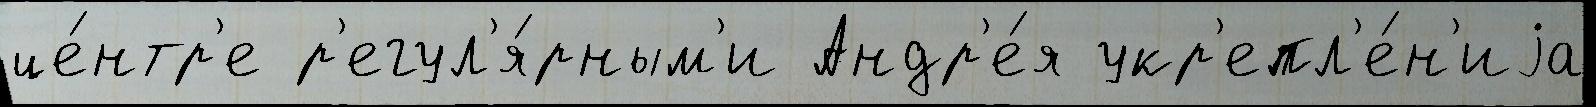
це́нтр'е р'егул'я́рным'и Андр'е́я укр'епл'е́н'иjа